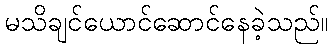
မသိချင်ယောင်ဆောင်နေခဲ့သည်။